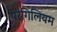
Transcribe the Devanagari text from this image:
परगिलियम